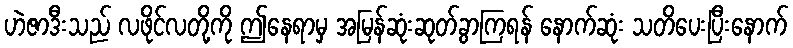
ဟဲဇာဒီးသည် လဖိုင်လတို့ကို ဤနေရာမှ အမြန်ဆုံးဆုတ်ခွာကြရန် နောက်ဆုံး သတိပေးပြီးနောက်